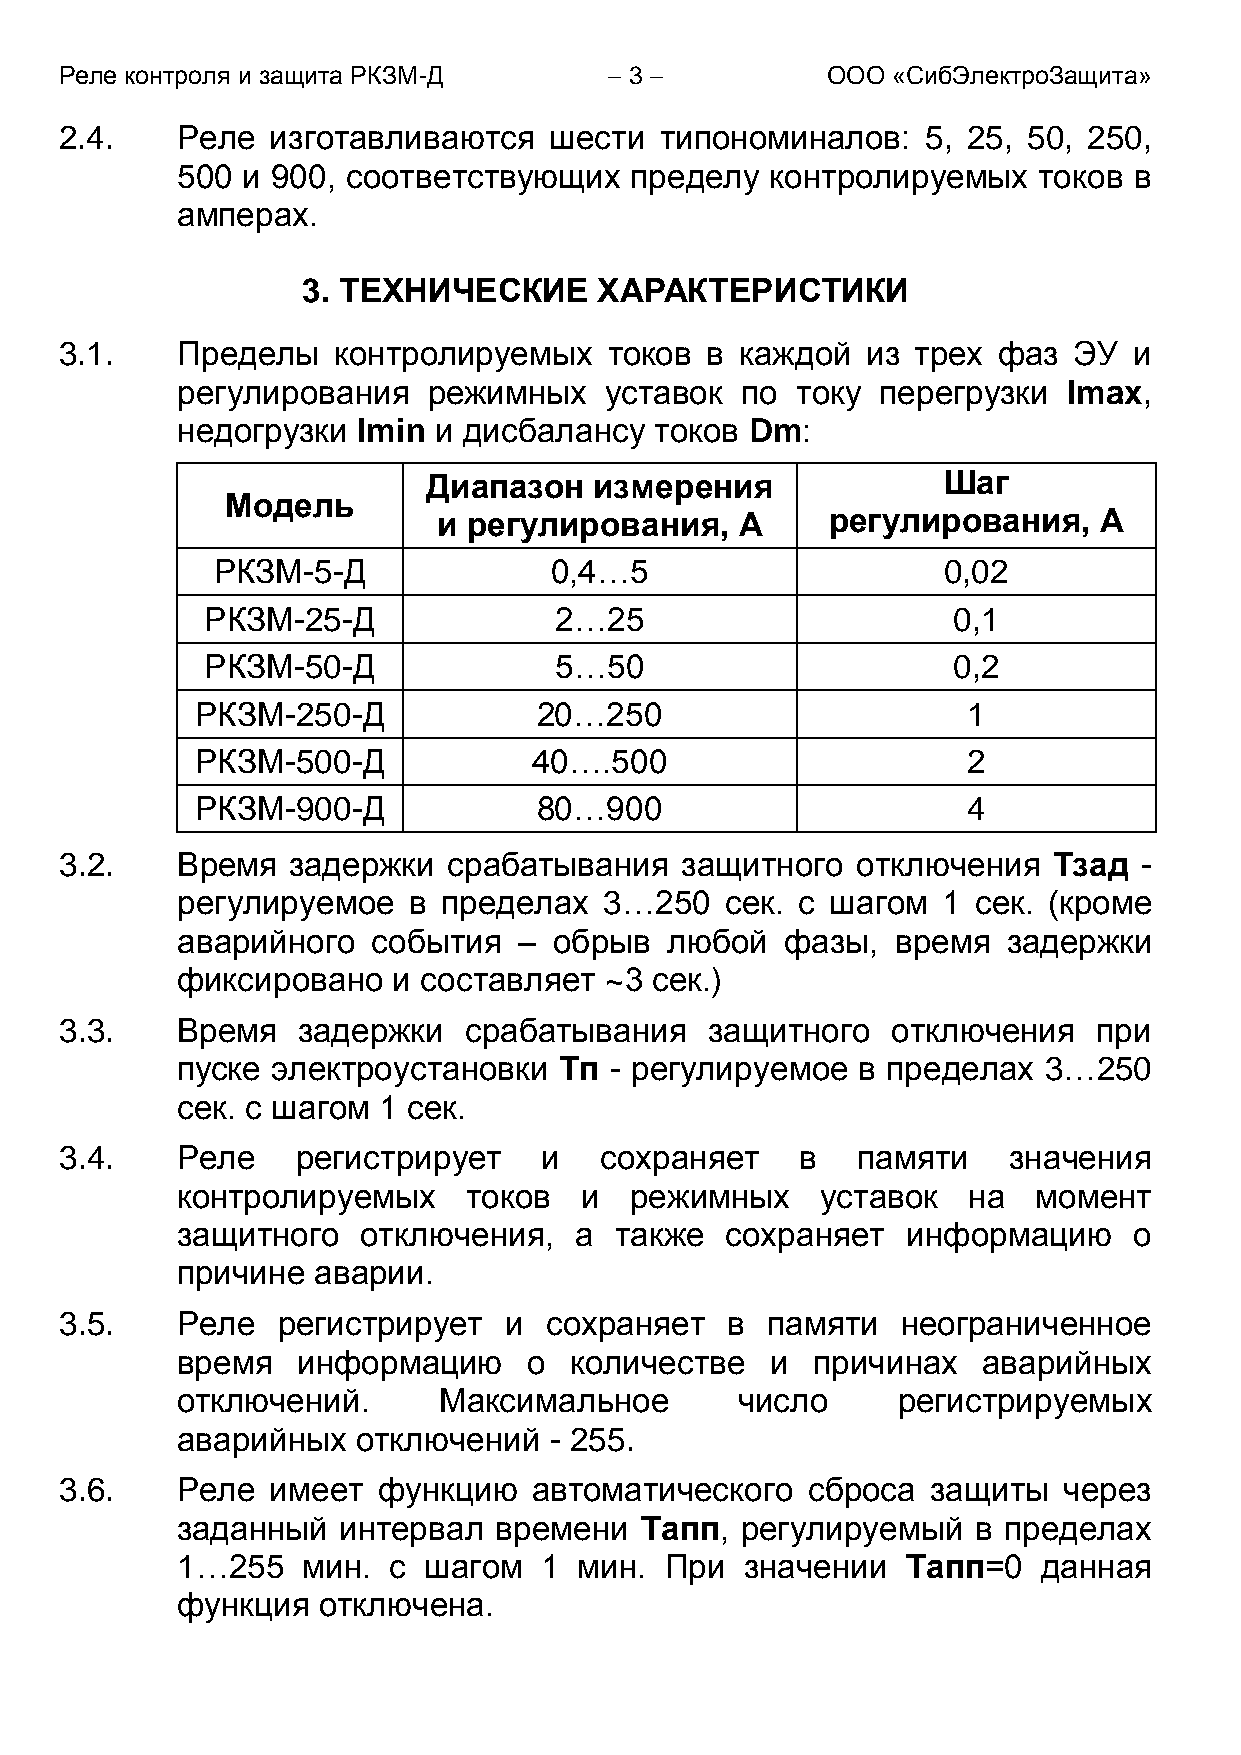
Реле контроля и защита РКЗМ-Д        3           ООО «СибЭлектроЗащита»
 2.4.    Реле  изготавливаются   шести   типономиналов:   5, 25, 50, 250,
 500 и 900, соответствующих    пределу  контролируемых    токов в
 амперах.
 3. ТЕХНИЧЕСКИЕ      ХАРАКТЕРИСТИКИ
 3.1.    Пределы   контролируемых    токов  в каждой  из трех  фаз  ЭУ  и
 регулирования   режимных    уставок  по  току перегрузки   Imax,
 недогрузки  Imin и дисбалансу  токов  Dm:
 Диапазон   измерения              Шаг
 Модель
 и регулирования,    А     регулирования,    А
 РКЗМ-5-Д              0,4…5                     0,02
 РКЗМ-25-Д              2…25                      0,1
 РКЗМ-50-Д              5…50                      0,2
 РКЗМ-250-Д             20…250                      1
 РКЗМ-500-Д            40….500                      2
 РКЗМ-900-Д             80…900                      4
 3.2.    Время  задержки   срабатывания   защитного   отключения   Тзад  -
 регулируемое   в пределах   3…250   сек. с шагом  1  сек. (кроме
 аварийного   события  –  обрыв  любой   фазы,  время   задержки
 фиксировано   и составляет  ~3 сек.)
 3.3.    Время   задержки   срабатывания    защитного   отключения    при
 пуске электроустановки   Тп - регулируемое   в пределах  3…250
 сек. с шагом 1 сек.
 3.4.    Реле    регистрирует    и   сохраняет    в   памяти    значения
 контролируемых     токов  и   режимных    уставок   на   момент
 защитного   отключения,   а  также  сохраняет   информацию     о
 причине  аварии.
 3.5.    Реле  регистрирует   и  сохраняет   в  памяти   неограниченное
 время   информацию     о  количестве   и  причинах   аварийных
 отключений.      Максимальное        число     регистрируемых
 аварийных   отключений  - 255.
 3.6.    Реле  имеет  функцию   автоматического   сброса   защиты  через
 заданный  интервал   времени  Tапп,  регулируемый    в пределах
 1…255   мин.  с шагом   1 мин.  При  значении   Tапп=0   данная
 функция  отключена.